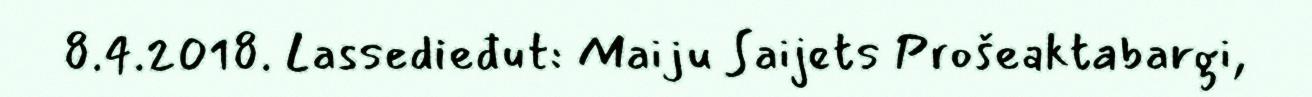
8.4.2018. Lassedieđut: Maiju Saijets Prošeaktabargi,